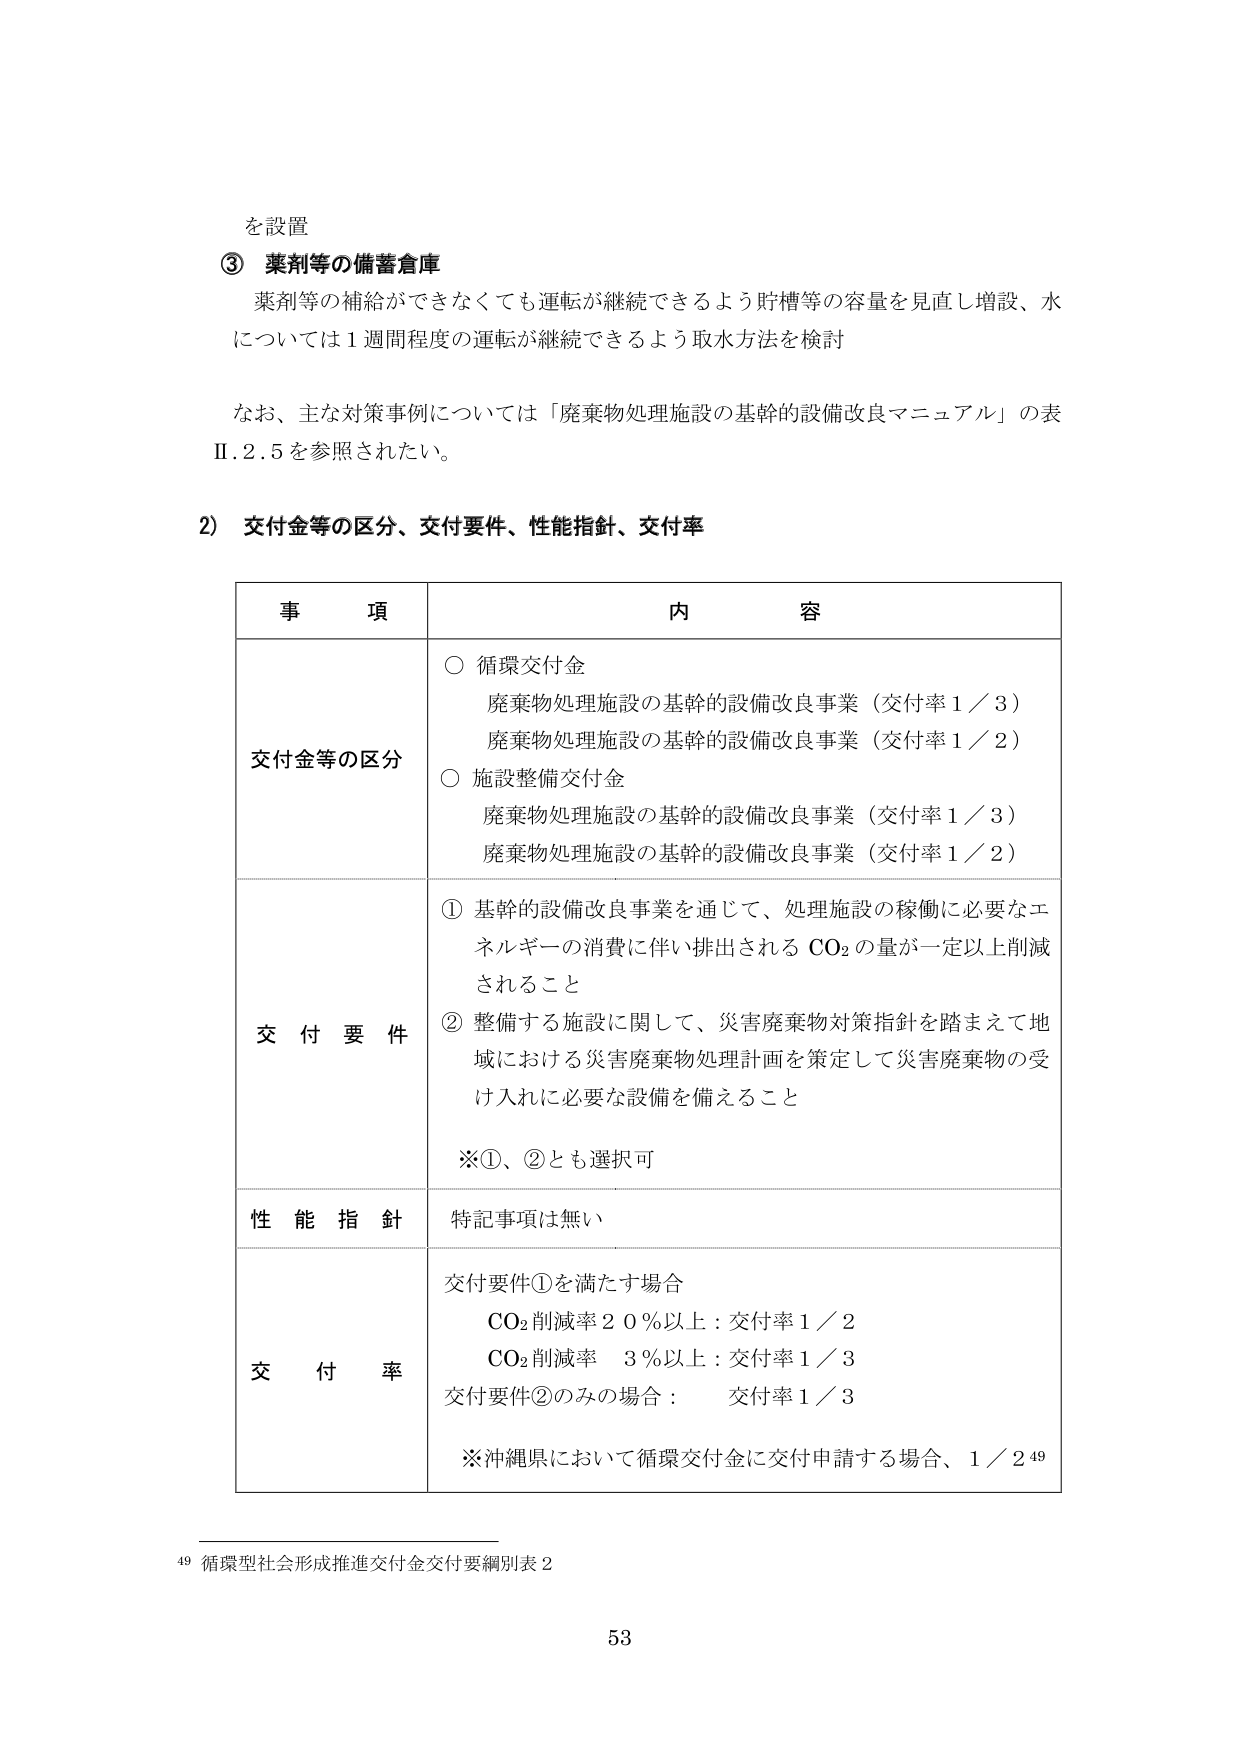
を設置
③ 薬剤等の備蓄倉庫
薬剤等の補給ができなくても運転が継続できるよう貯槽等の容量を見直し増設、水
については1週間程度の運転が継続できるよう取水方法を検討

なお、主な対策事例については「廃棄物処理施設の基幹的設備改良マニュアル」の表
Ⅱ.2.5を参照されたい。

2) 交付金等の区分、交付要件、性能指針、交付率

事 項 内 容
交付金等の区分
○ 循環交付金
　廃棄物処理施設の基幹的設備改良事業（交付率1／3）
　廃棄物処理施設の基幹的設備改良事業（交付率1／2）
○ 施設整備交付金
　廃棄物処理施設の基幹的設備改良事業（交付率1／3）
　廃棄物処理施設の基幹的設備改良事業（交付率1／2）

交 付 要 件
① 基幹的設備改良事業を通じて、処理施設の稼働に必要なエネルギーの消費に伴い排出されるCO₂の量が一定以上削減されること
② 整備する施設に関して、災害廃棄物対策指針を踏まえて地域における災害廃棄物処理計画を策定して災害廃棄物の受け入れに必要な設備を備えること
※①、②とも選択可

性 能 指 針
特記事項は無い

交 付 率
交付要件①を満たす場合
　CO₂削減率20％以上：交付率1／2
　CO₂削減率　3％以上：交付率1／3
交付要件②のみの場合：　交付率1／3
※沖縄県において循環交付金に交付申請する場合、1／2 49

49 循環型社会形成推進交付金交付要綱別表2
53